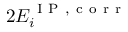
2 E _ { i } ^ { \mathrm { ~ I ~ P ~ , ~ c ~ o ~ r ~ r ~ } }